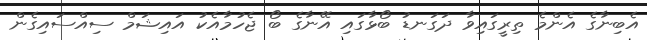
އެބިނާގެ އެންމެ ތިރީގައިވާ ދަގަނޑު ބޯޅާގައި އޭނާގެ ބޯ ޖެހުމާއެކު އައިޝަމް ސިއްސައިގެން